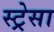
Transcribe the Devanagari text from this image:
स्ट्रेसा